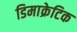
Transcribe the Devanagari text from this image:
डिमाक्रेटिक